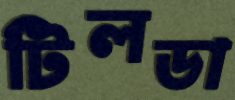
টিলডা